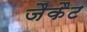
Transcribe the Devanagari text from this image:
जैकैट